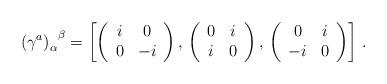
LaTeX: \begin{align*}{ \left( \gamma^a \right)_\alpha}^\beta = \left[ \left( \begin{array}{cc} i & 0 \\ 0 & -i \end{array}\right) , \, \left(\begin{array}{cc} 0 & i \\ i & 0 \end{array} \right) , \, \left( \begin{array}{cc} 0 & i \\ -i & 0 \end{array}\right) \right] \, .\end{align*}